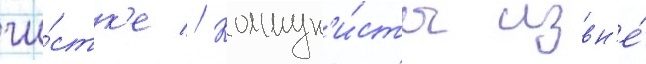
чи́стк'е // Коммун'и́сты извн'е́